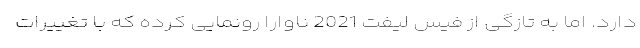
دارد. اما به تازگی از فیس لیفت 2021 ناوارا رونمایی کرده که با تغییرات